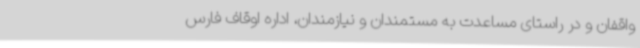
واقفان و در راستای مساعدت به مستمندان و نیازمندان، اداره اوقاف فارس